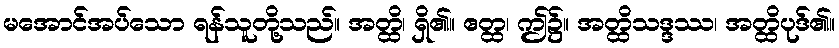
မအောင်အပ်သော ရန်သူတို့သည်။ အတ္ထိ၊ ရှိ၏။ ဧတ္ထ၊ ဤ၌။ အတ္ထိသဒ္ဒဿ၊ အတ္ထိပုဒ်၏။